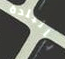
بالبلدة